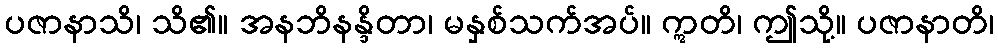
ပဇာနာသိ၊ သိ၏။ အနဘိနန္ဒိတာ၊ မနှစ်သက်အပ်။ ဣတိ၊ ဤသို့။ ပဇာနာတိ၊